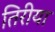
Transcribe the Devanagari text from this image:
तिरीया